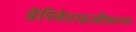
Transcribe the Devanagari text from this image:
डेरिवेटाइजीकरण